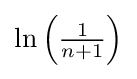
{\textstyle \ln \left({\frac {1}{n+1}}\right)}